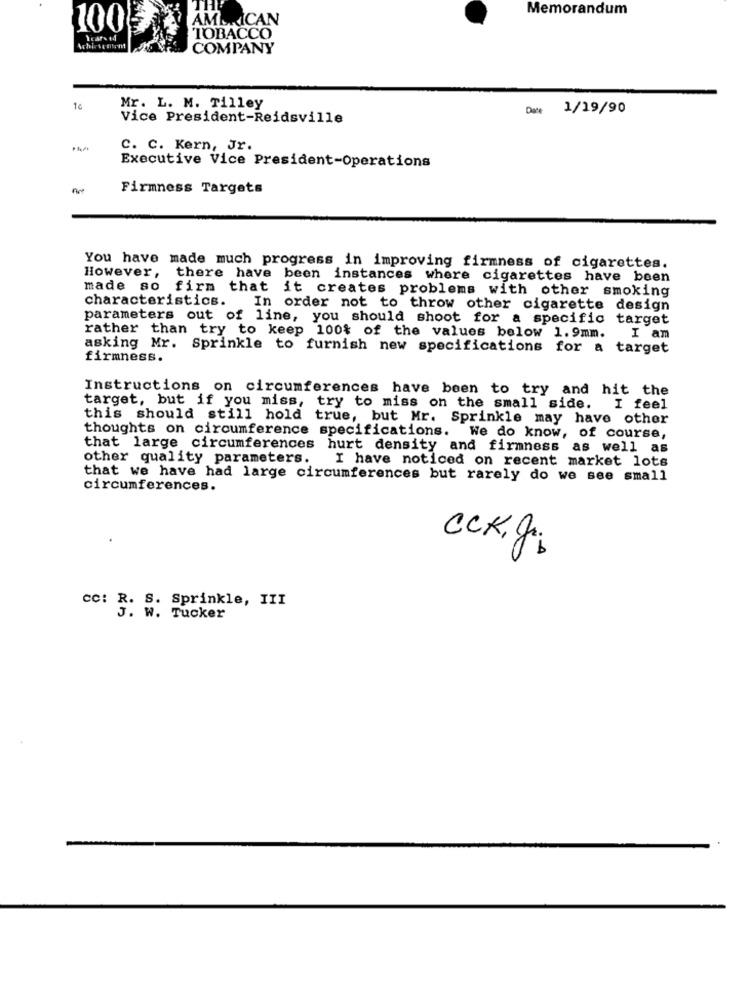
Memorandum
AMERICAN
100
TOBACCO
COMPANY
Mr. L. M. Tilley
Date 1/19/90
Vice President-Reidsville
C. C. Kern, Jr.
Executive Vice President-Operations
Firmness Targets
You have made much progress in improving firmness of cigarettes.
However,
there have been instances where cigarettes have been
made so firm that it creates problems with other smoking
characteristics.
In order not to throw other cigarette design
parameters out of line, you should shoot for a specific target
rather than try to keep 100% of the values below 1. 9mm.
I am
asking Mr.
Sprinkle to furnish new specifications for a target
firmness.
Instructions on circumferences have been to try and hit the
target, but if you miss, try to miss on the small side. I feel
this should still hold true, but Mr. Sprinkle may have other
thoughts on circumference specifications. We do know, of course,
that large circumferences hurt density and firmness as well as
other quality parameters.
I have noticed on recent market lots
that we have had large circumferences but rarely do we see small
circumferences.
CCKy;
CC: R. S. Sprinkle, III
J. W. Tucker